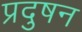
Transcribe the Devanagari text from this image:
प्रदुषन